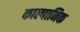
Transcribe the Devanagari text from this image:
काल्पानिक